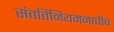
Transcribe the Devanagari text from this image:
संततिनियमनाचीच